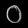
Digit: ၀